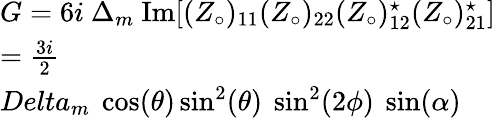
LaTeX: \begin{array}{l}{{G=6i\ \Delta_{m}~\mathrm{{Im}}[(Z_{\circ})_{11}(Z_{\circ})_{22}(Z_{\circ})_{12}^{\star}(Z_{\circ})_{21}^{\star}]}}\\ {{=\frac{3i}2}}\\ {{Delta_{m}~\cos(\theta)\sin^{2}(\theta)\ \sin^{2}(2\phi)\ \sin(\alpha)}}\end{array}